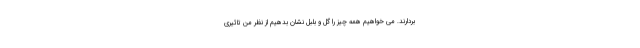
بردارند. می خواهیم همه چیز را گل و بلبل نشان بدهیم از نظر من تاثیری